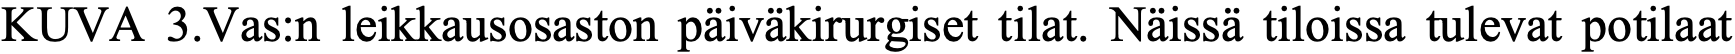
KUVA  3.Vas:n leikkausosaston päiväkirurgiset tilat. Näissä tiloissa tulevat potilaat